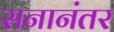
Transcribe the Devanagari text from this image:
सनानंतर